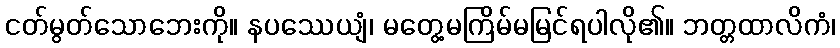
ငတ်မွတ်သောဘေးကို။ နပဿေယျံ၊ မတွေ့မကြိမ်မမြင်ရပါလို၏။ ဘတ္တထာလိကံ၊